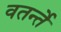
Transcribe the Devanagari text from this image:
वतर्न्ते